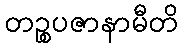
တဉ္စပဇာနာမီတိ